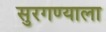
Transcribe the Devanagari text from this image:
सुरगण्याला